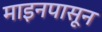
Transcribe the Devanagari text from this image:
माइनपासून